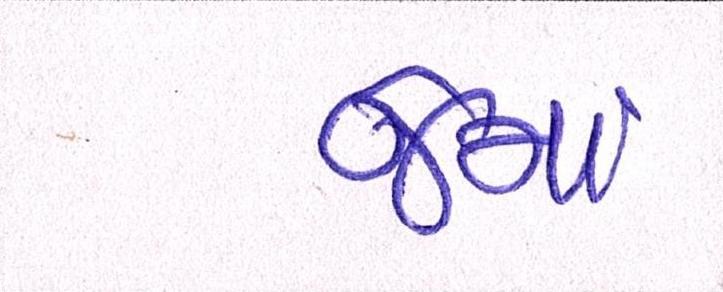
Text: જેમાં